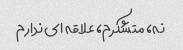
نه، متشکرم، علاقه ای ندارم